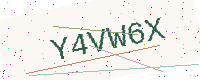
Text: Y4VW6X